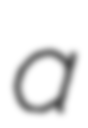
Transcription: a